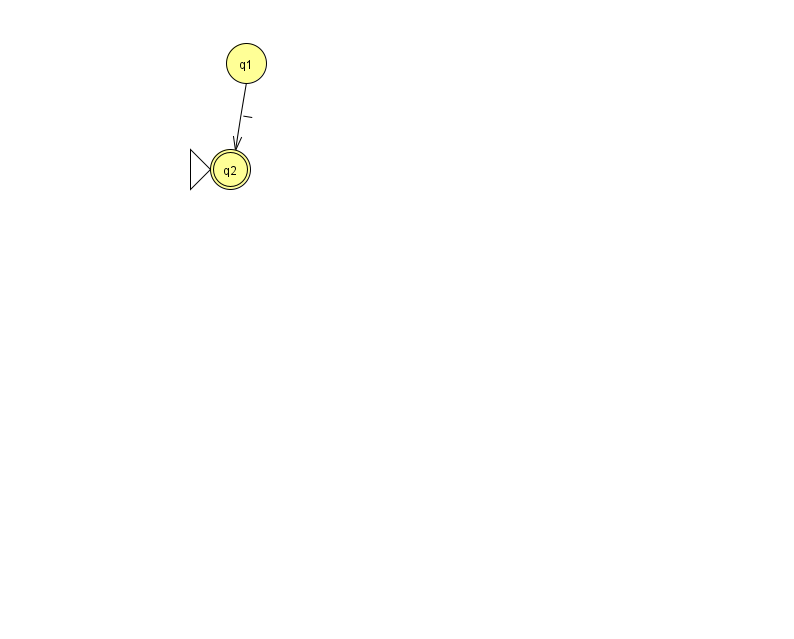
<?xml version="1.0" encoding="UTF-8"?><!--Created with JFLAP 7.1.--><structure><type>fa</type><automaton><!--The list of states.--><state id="1" name="q1"><x>246.0</x><y>50.0</y></state><state id="2" name="q2"><x>230.0</x><y>156.0</y><initial/><final/></state><!--The list of transitions.--><transition><from>1</from><to>2</to><read>l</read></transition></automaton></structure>